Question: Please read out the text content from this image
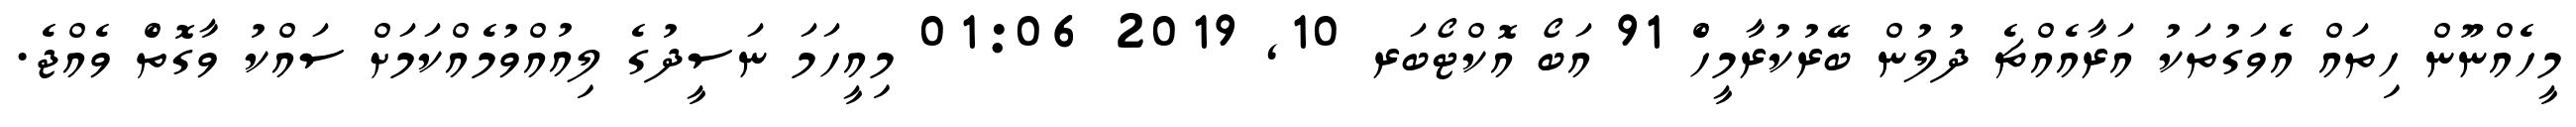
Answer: މީހެއްނޫން ހިތައް އެވަގުތަކު އަރާއެއްޗެ ދުލުން ބޭރުކުރާމީހެް 91 އަބޯ އޮކްޓޯބަރ 10, 2019 01:06 މިއީހަމަ ނަސީދުގެ ލިއުއްވުމެއްކަމަށް ސައްކު ވާގޮތެް ވެއްޖެ.